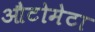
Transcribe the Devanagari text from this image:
औटोमेटा